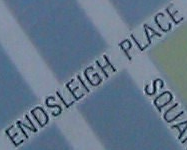
ENDSLEIGH PLACE